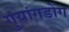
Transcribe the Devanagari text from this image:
गुयांगडोंग